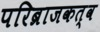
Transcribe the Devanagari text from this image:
परिब्राजकत्व